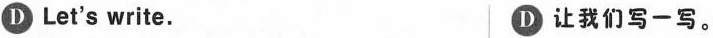
D Let's write. D 让我们写一写.